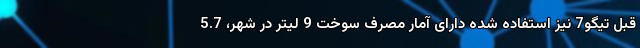
قبل تیگو7 نیز استفاده شده دارای آمار مصرف سوخت 9 لیتر در شهر، 5.7